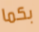
بكما